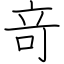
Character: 竒